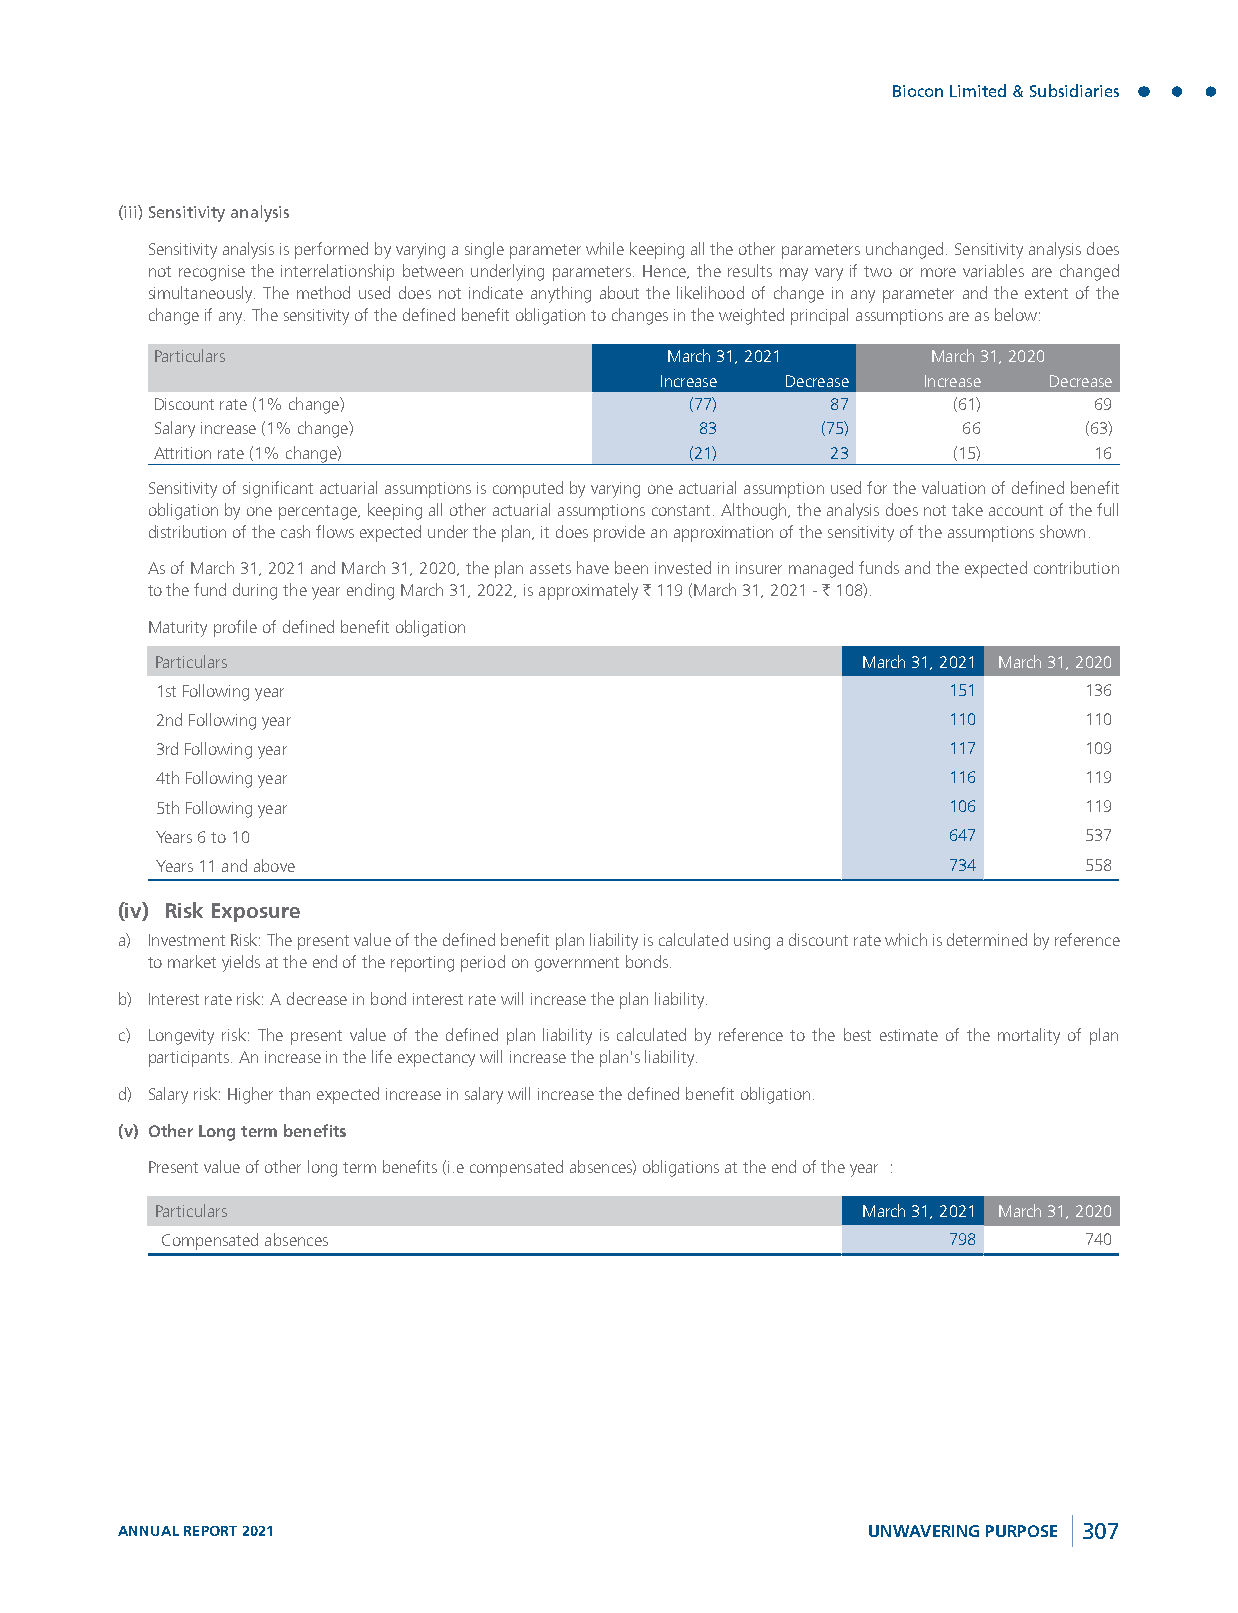
Biocon Limited & Subsidiaries
 (iii) Sensitivity analysis
 Sensitivity analysis is performed by varying a single parameter while keeping all the other parameters unchanged. Sensitivity analysis does
 not recognise the interrelationship between underlying parameters. Hence, the results may vary if two or more variables are changed
 simultaneously. The method used does not indicate anything about the likelihood of change in any parameter and the extent of the
 change if any. The sensitivity of the defined benefit obligation to changes in the weighted principal assumptions are as below:
 Particulars                       March 31, 2021    March 31, 2020
 Increase Decrease Increase Decrease
 Discount rate (1% change)           (77)     87      (61)     69
 Salary increase (1% change)         83      (75)      66      (63)
 Attrition rate (1% change)          (21)     23      (15)     16
 Sensitivity of significant actuarial assumptions is computed by varying one actuarial assumption used for the valuation of defined benefit
 obligation by one percentage, keeping all other actuarial assumptions constant. Although, the analysis does not take account of the full
 distribution of the cash flows expected under the plan, it does provide an approximation of the sensitivity of the assumptions shown.
 As of March 31, 2021 and March 31, 2020, the plan assets have been invested in insurer managed funds and the expected contribution
 to the fund during the year ending March 31, 2022, is approximately ` 119 (March 31, 2021 - ` 108).
 Maturity profile of defined benefit obligation
 Particulars                                    March 31, 2021 March 31, 2020
 1st Following year                                   151      136
 2nd Following year                                   110      110
 3rd Following year                                   117      109
 4th Following year                                   116      119
 5th Following year                                   106      119
 Years 6 to 10                                        647      537
 Years 11 and above                                   734      558
 (iv) Risk Exposure
 a) Investment Risk: The present value of the defined benefit plan liability is calculated using a discount rate which is determined by reference
 to market yields at the end of the reporting period on government bonds.
 b) Interest rate risk: A decrease in bond interest rate will increase the plan liability.
 c) Longevity risk: The present value of the defined plan liability is calculated by reference to the best estimate of the mortality of plan
 participants. An increase in the life expectancy will increase the plan's liability.
 d) Salary risk: Higher than expected increase in salary will increase the defined benefit obligation.
 (v) Other Long term benefits
 Present value of other long term benefits (i.e compensated absences) obligations at the end of the year :
 Particulars                                    March 31, 2021 March 31, 2020
 Compensated absences                                798      740
 ANNUAL REPORT 2021                               UNWAVERING PURPOSE 307